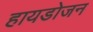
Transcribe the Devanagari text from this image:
हायडोजन